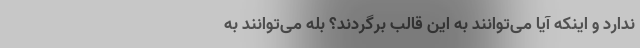
ندارد و اینکه آیا می‌توانند به این قالب برگردند؟ بله می‌توانند به